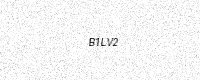
Text: B1LV2